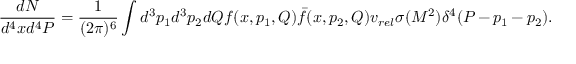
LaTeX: { \frac { d N } { d ^ { 4 } x d ^ { 4 } P } } = { \frac { 1 } { ( 2 \pi ) ^ { 6 } } } \int d ^ { 3 } p _ { 1 } d ^ { 3 } p _ { 2 } d Q f ( x , p _ { 1 } , Q ) \bar { f } ( x , p _ { 2 } , Q ) v _ { r e l } \sigma ( M ^ { 2 } ) \delta ^ { 4 } ( P - p _ { 1 } - p _ { 2 } ) .